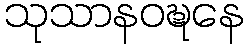
သုသာနဝဍ္ဎနေ